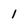
Character: l